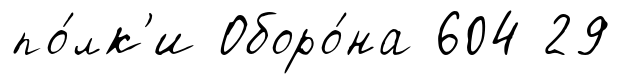
по́лк'и Оборо́на 604 29